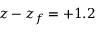
z - z _ { f } = + 1 . 2